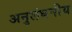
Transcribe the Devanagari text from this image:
अनुलंघनीय